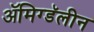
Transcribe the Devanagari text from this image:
ॲमिग्डॅलीन